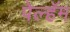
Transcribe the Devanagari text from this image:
पेल्हॅम